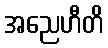
အညေဟီတိ